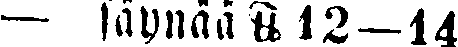
— säynää ℔ 12—14